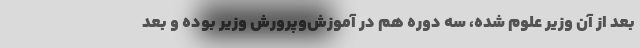
بعد از آن وزیر علوم شده، سه دوره هم در آموزش‌وپرورش وزیر بوده و بعد